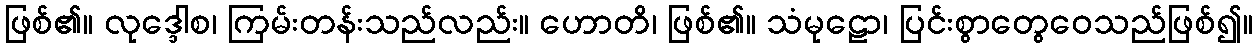
ဖြစ်၏။ လုဒ္ဒေါစ၊ ကြမ်းတန်းသည်လည်း။ ဟောတိ၊ ဖြစ်၏။ သံမုဠော၊ ပြင်းစွာတွေဝေသည်ဖြစ်၍။